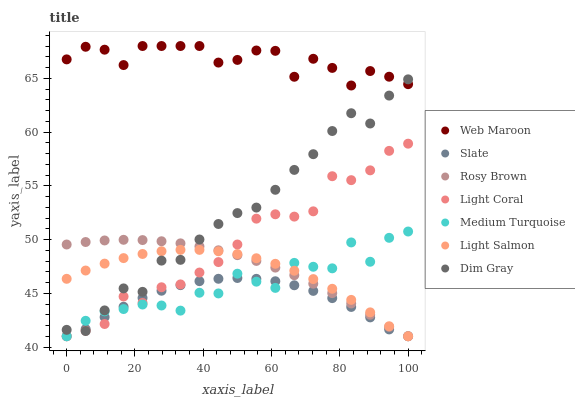
| xaxis_label | Web Maroon | Slate | Rosy Brown | Light Coral | Medium Turquoise | Light Salmon | Dim Gray |
 | --- | --- | --- | --- | --- | --- | --- | --- |
 | 0 | 66.8 | 41 | 49.5 | 41 | 41 | 46.3 | 41.6 |
 | 5.56 | 67.9 | 41.7 | 49.8 | 41.5 | 42.4 | 47.1 | 41.5 |
 | 11.1 | 67.7 | 42.8 | 49.9 | 42.1 | 43.3 | 47.8 | 43.4 |
 | 16.7 | 66.2 | 43.7 | 50 | 44.7 | 43.5 | 48.3 | 45.5 |
 | 22.2 | 68 | 44.6 | 49.9 | 44.1 | 44 | 48.7 | 45.1 |
 | 27.8 | 68 | 45.2 | 49.8 | 45.6 | 43.9 | 48.9 | 48 |
 | 33.3 | 68 | 45.8 | 49.6 | 45.8 | 43.4 | 49 | 48.1 |
 | 38.9 | 68 | 46.1 | 49.4 | 46.9 | 45 | 49 | 50 |
 | 44.4 | 66.5 | 46.3 | 49 | 47.9 | 45 | 48.9 | 51.4 |
 | 50 | 66.7 | 46.4 | 48.5 | 49.5 | 46.8 | 48.6 | 52.5 |
 | 55.6 | 67.6 | 46.3 | 48 | 51.9 | 46.1 | 48.3 | 53 |
 | 61.1 | 67.6 | 46.1 | 47.4 | 52.3 | 45.5 | 47.7 | 54.6 |
 | 66.7 | 65.1 | 45.7 | 46.7 | 52.1 | 47.8 | 47.1 | 56.5 |
 | 72.2 | 66.8 | 45.2 | 45.9 | 52.6 | 47.5 | 46.3 | 57.9 |
 | 77.8 | 66 | 44.5 | 45 | 55.9 | 47.3 | 45.4 | 60.1 |
 | 83.3 | 64.3 | 43.7 | 44 | 55.5 | 49.7 | 44.4 | 61.7 |
 | 88.9 | 65.7 | 42.8 | 43 | 56.4 | 47.9 | 43.2 | 60.8 |
 | 94.4 | 65.1 | 41.6 | 41.9 | 58.2 | 50.2 | 41.9 | 63.4 |
 | 100 | 64.5 | 41 | 41 | 58.9 | 50.7 | 41 | 64.9 |